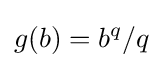
g(b)=b^{q}/q